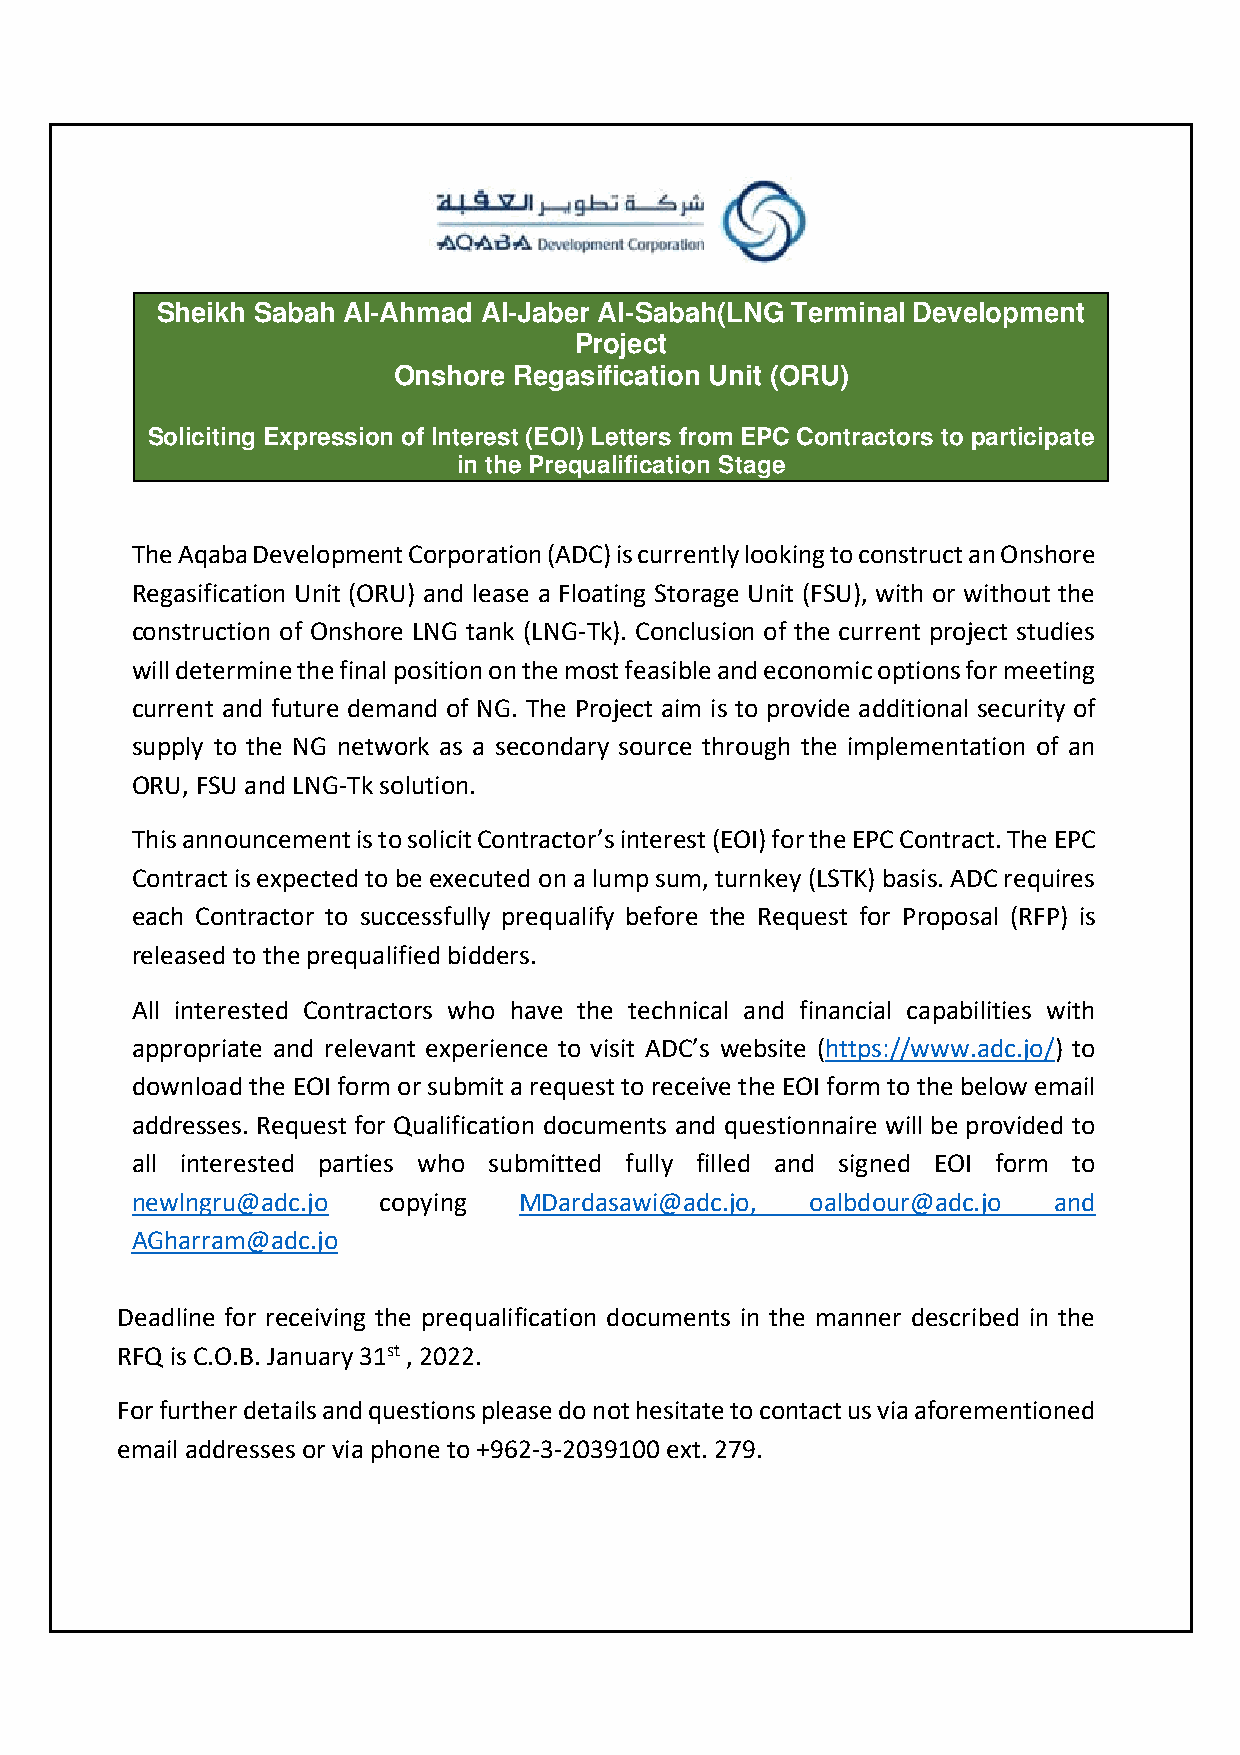
Sheikh Sabah Al-Ahmad Al-Jaber Al-Sabah(LNG Terminal Development
 Project
 Onshore Regasification Unit (ORU)
 Soliciting Expression of Interest (EOI) Letters from EPC Contractors to participate
 in the Prequalification Stage
 The Aqaba Development Corporation (ADC) is currently looking to construct an Onshore
 Regasification Unit (ORU) and lease a Floating Storage Unit (FSU), with or without the
 construction of Onshore LNG tank (LNG-Tk). Conclusion of the current project studies
 will determine the final position on the most feasible and economic options for meeting
 current and future demand of NG. The Project aim is to provide additional security of
 supply to the NG network as a secondary source through the implementation of an
 ORU, FSU and LNG-Tk solution.
 This announcement is to solicit Contractor’s interest (EOI) for the EPC Contract. The EPC
 Contract is expected to be executed on a lump sum, turnkey (LSTK) basis. ADC requires
 each Contractor to successfully prequalify before the Request for Proposal (RFP) is
 released to the prequalified bidders.
 All interested Contractors who have the technical and financial capabilities with
 appropriate and relevant experience to visit ADC’s website (https://www.adc.jo/) to
 download the EOI form or submit a request to receive the EOI form to the below email
 addresses. Request for Qualification documents and questionnaire will be provided to
 all interested parties who submitted fully filled and signed EOI form to
 newlngru@adc.jo copying  MDardasawi@adc.jo,  oalbdour@adc.jo and
 AGharram@adc.jo
 Deadline for receiving the prequalification documents in the manner described in the
 RFQ is C.O.B. January 31st , 2022.
 For further details and questions please do not hesitate to contact us via aforementioned
 email addresses or via phone to +962-3-2039100 ext. 279.